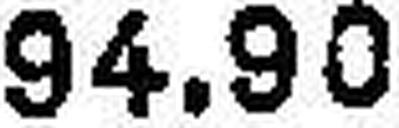
94.90